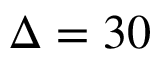
\Delta = 3 0